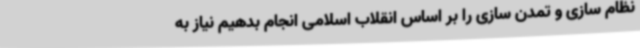
نظام سازی و تمدن سازی را بر اساس انقلاب اسلامی انجام بدهیم نیاز به